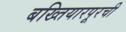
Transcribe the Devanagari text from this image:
बख्तियारपूरची